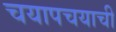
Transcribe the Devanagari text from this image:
चयापचयाची